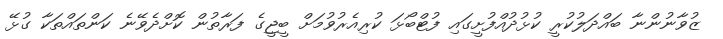
ޒުވާނުންނާ ބައްދަލުކުރީ ކުޅުދުއްފުށީގައި ފުޓްބޯޅަ ކުރިއެރުވުމަށް ބީޖީގެ ފަރާތުން ކޮށްދެވޭނެ ކަންތައްތަކާ ގުޅޭ